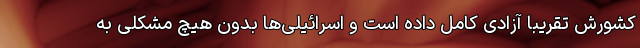
کشورش تقریباً آزادی کامل داده است و اسرائیلی‌ها بدون هیچ مشکلی به